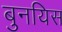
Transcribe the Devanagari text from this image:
बुनयिस